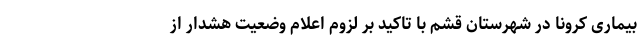
بیماری کرونا در شهرستان قشم با تاکید بر لزوم اعلام وضعیت هشدار از